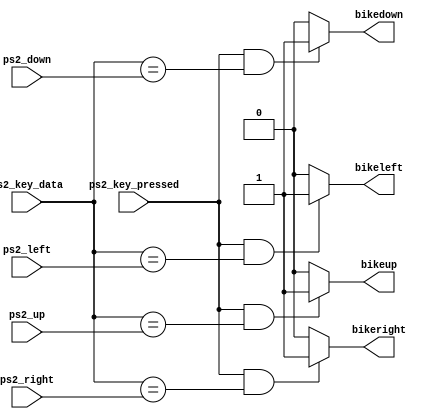
module bike_controls(bikeleft, bikeright, bikeup, bikedown, ps2_left, ps2_right, ps2_up, ps2_down, ps2_key_pressed, ps2_key_data);
	input ps2_key_pressed;
	input [7:0] ps2_left, ps2_right, ps2_up, ps2_down, ps2_key_data; 
	output bikeleft, bikeright, bikeup, bikedown;
	
	assign bikeleft = (ps2_key_pressed && ps2_key_data == ps2_left)? 1'b1:1'b0;
	assign bikeright = (ps2_key_pressed && ps2_key_data == ps2_right)? 1'b1:1'b0;
	assign bikeup = (ps2_key_pressed && ps2_key_data == ps2_up)? 1'b1:1'b0;
	assign bikedown = (ps2_key_pressed && ps2_key_data == ps2_down)? 1'b1:1'b0;
endmodule